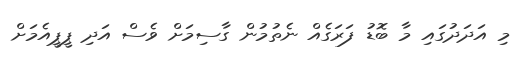
މި އަދަދުގައި މާ ބޮޑު ފަރަގެއް ނެތުމުން ގާސިމަށް ވެސް އަދި ޕީޕީއެމަށް